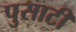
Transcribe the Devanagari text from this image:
पुसाटी